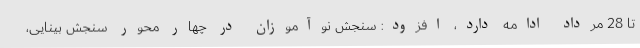
تا 28 مرداد ادامه دارد، افزود: سنجش نوآموزان در چهار محور سنجش بینایی،